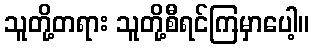
သူတို့တရား သူတို့စီရင်ကြမှာပေါ့။